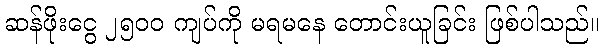
ဆန်ဖိုးငွေ ၂၅၀၀ ကျပ်ကို မရမနေ တောင်းယူခြင်း ဖြစ်ပါသည်။